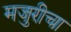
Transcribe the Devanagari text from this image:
मजुरीचा